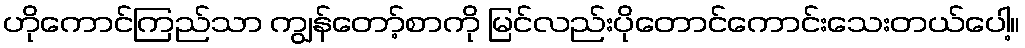
ဟိုကောင်ကြည်သာ ကျွန်တော့်စာကို မြင်လည်းပိုတောင်ကောင်းသေးတယ်ပေါ့။